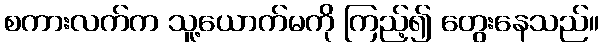
စကားလက်က သူ့ယောက်မကို ကြည့်၍ တွေးနေသည်။